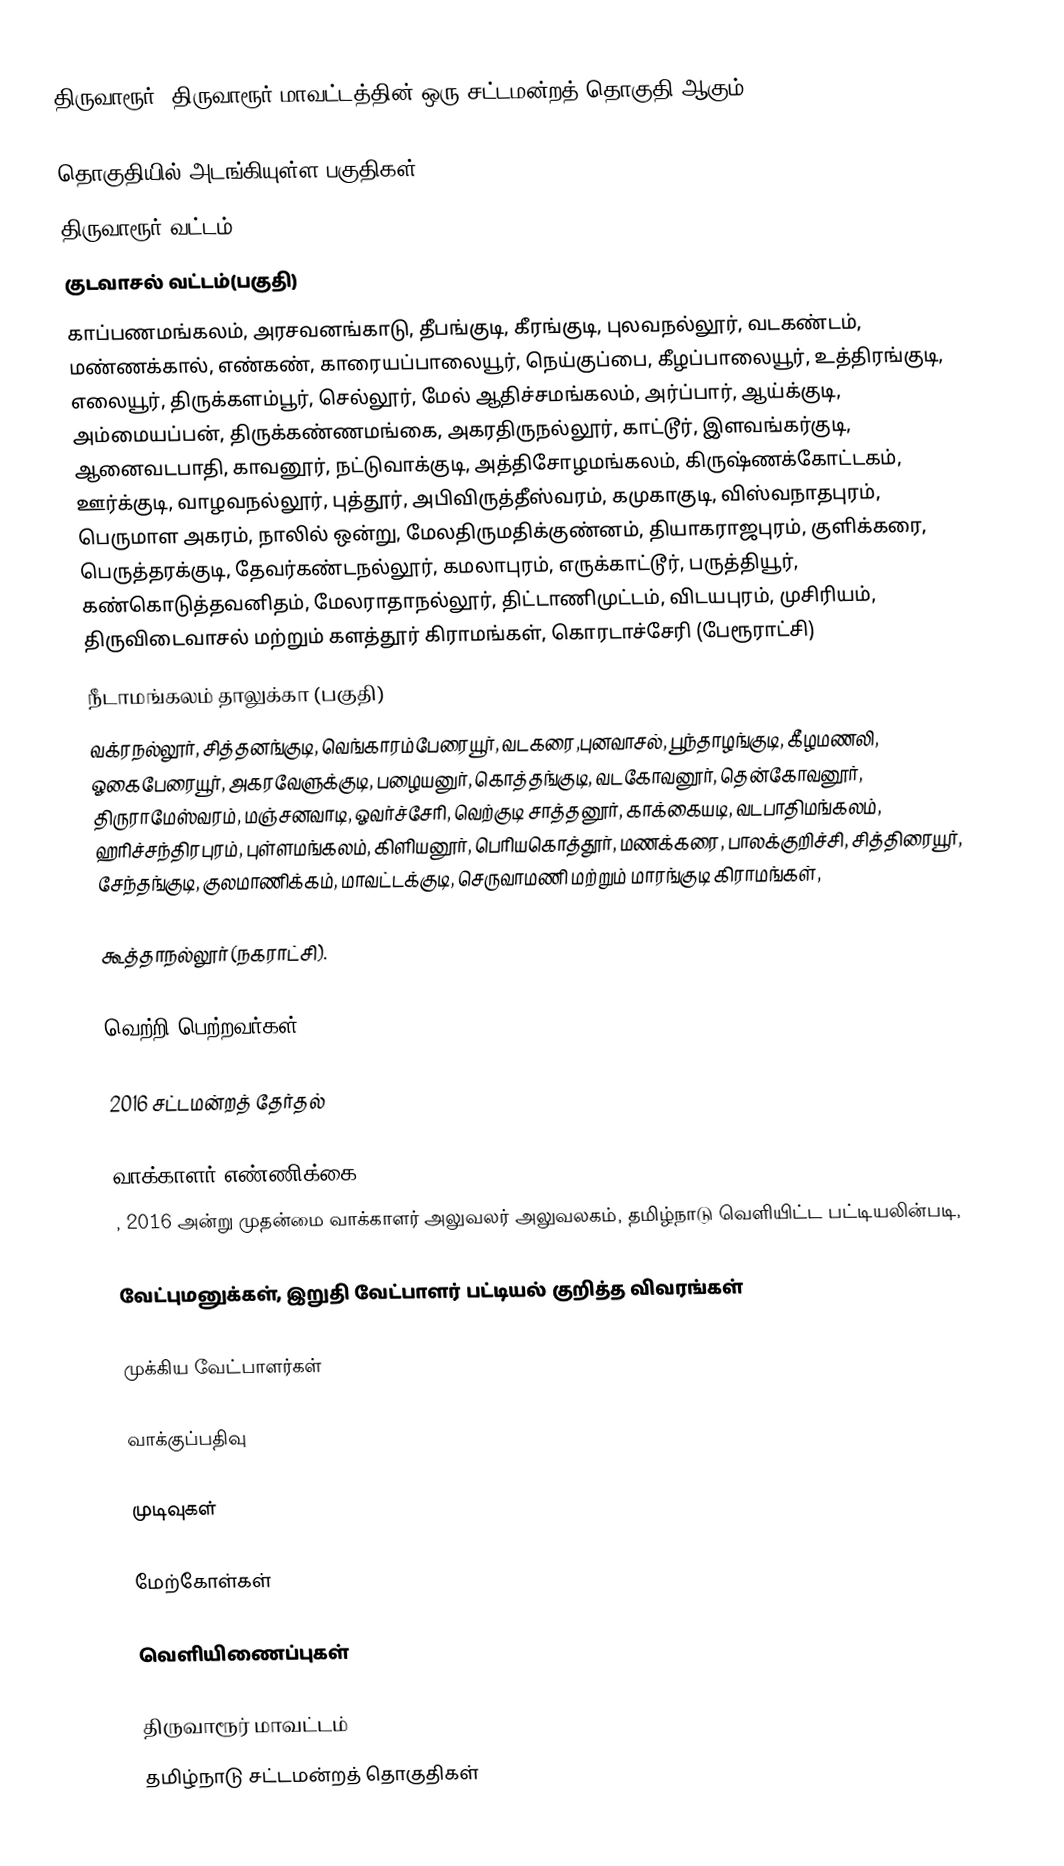
திருவாரூர், திருவாரூர் மாவட்டத்தின் ஒரு சட்டமன்றத் தொகுதி ஆகும்.

தொகுதியில் அடங்கியுள்ள பகுதிகள்
திருவாரூர் வட்டம்,
குடவாசல் வட்டம்(பகுதி)
காப்பணமங்கலம், அரசவனங்காடு, தீபங்குடி, கீரங்குடி, புலவநல்லூர், வடகண்டம், மண்ணக்கால், எண்கண், காரையப்பாலையூர், நெய்குப்பை, கீழப்பாலையூர், உத்திரங்குடி, எலையூர், திருக்களம்பூர், செல்லூர், மேல் ஆதிச்சமங்கலம், அர்ப்பார், ஆய்க்குடி, அம்மையப்பன், திருக்கண்ணமங்கை, அகரதிருநல்லூர், காட்டூர், இளவங்கர்குடி, ஆனைவடபாதி, காவனூர், நட்டுவாக்குடி, அத்திசோழமங்கலம், கிருஷ்ணக்கோட்டகம், ஊர்க்குடி, வாழவநல்லூர், புத்தூர், அபிவிருத்தீஸ்வரம், கமுகாகுடி, விஸ்வநாதபுரம், பெருமாள அகரம், நாலில் ஒன்று, மேலதிருமதிக்குண்னம், தியாகராஜபுரம், குளிக்கரை, பெருத்தரக்குடி, தேவர்கண்டநல்லூர், கமலாபுரம், எருக்காட்டூர், பருத்தியூர், கண்கொடுத்தவனிதம், மேலராதாநல்லூர், திட்டாணிமுட்டம், விடயபுரம், முசிரியம், திருவிடைவாசல் மற்றும் களத்தூர் கிராமங்கள், கொரடாச்சேரி (பேரூராட்சி)
நீடாமங்கலம் தாலுக்கா (பகுதி)
வக்ரநல்லூர், சித்தனங்குடி, வெங்காரம்பேரையூர், வடகரை,புனவாசல், பூந்தாழங்குடி, கீழமணலி, ஓகைபேரையூர், அகரவேளுக்குடி, பழையனுர், கொத்தங்குடி, வடகோவனூர், தென்கோவனூர், திருராமேஸ்வரம், மஞ்சனவாடி, ஓவர்ச்சேரி, வெற்குடி சாத்தனூர், காக்கையடி, வடபாதிமங்கலம், ஹரிச்சந்திரபுரம், புள்ளமங்கலம், கிளியனூர், பெரியகொத்தூர், மணக்கரை, பாலக்குறிச்சி, சித்திரையூர், சேந்தங்குடி, குலமாணிக்கம், மாவட்டக்குடி, செருவாமணி மற்றும் மாரங்குடி கிராமங்கள்,

கூத்தாநல்லூர் (நகராட்சி).

வெற்றி பெற்றவர்கள்

2016 சட்டமன்றத் தேர்தல்

வாக்காளர் எண்ணிக்கை
, 2016 அன்று முதன்மை வாக்காளர் அலுவலர் அலுவலகம், தமிழ்நாடு வெளியிட்ட பட்டியலின்படி,

வேட்புமனுக்கள், இறுதி வேட்பாளர் பட்டியல் குறித்த விவரங்கள்

முக்கிய வேட்பாளர்கள்

வாக்குப்பதிவு

முடிவுகள்

மேற்கோள்கள்

வெளியிணைப்புகள்

திருவாரூர் மாவட்டம்
தமிழ்நாடு சட்டமன்றத் தொகுதிகள்